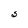
Character: 3